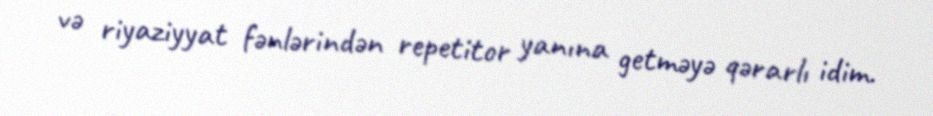
və riyaziyyat fənlərindən repetitor yanına getməyə qərarlı idim.